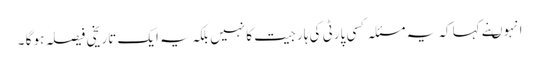
انہوںنے کہا کہ یہ مسئلہ کسی پارٹی کی ہار جیت کا نہیں بلکہ یہ ایک تاریخی فیصلہ ہو گا ۔